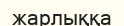
жарлыққа